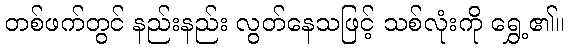
တစ်ဖက်တွင် နည်းနည်း လွတ်နေသဖြင့် သစ်လုံးကို ရွှေ့၏။